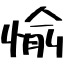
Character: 愉